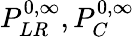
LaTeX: P_{LR}^{0,\infty},P_{C}^{0,\infty}